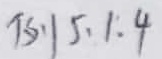
$75,15,1.4$